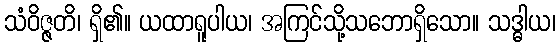
သံဝိဇ္ဇတိ၊ ရှိ၏။ ယထာရူပါယ၊ အကြင်သို့သဘောရှိသော။ သဒ္ဓါယ၊